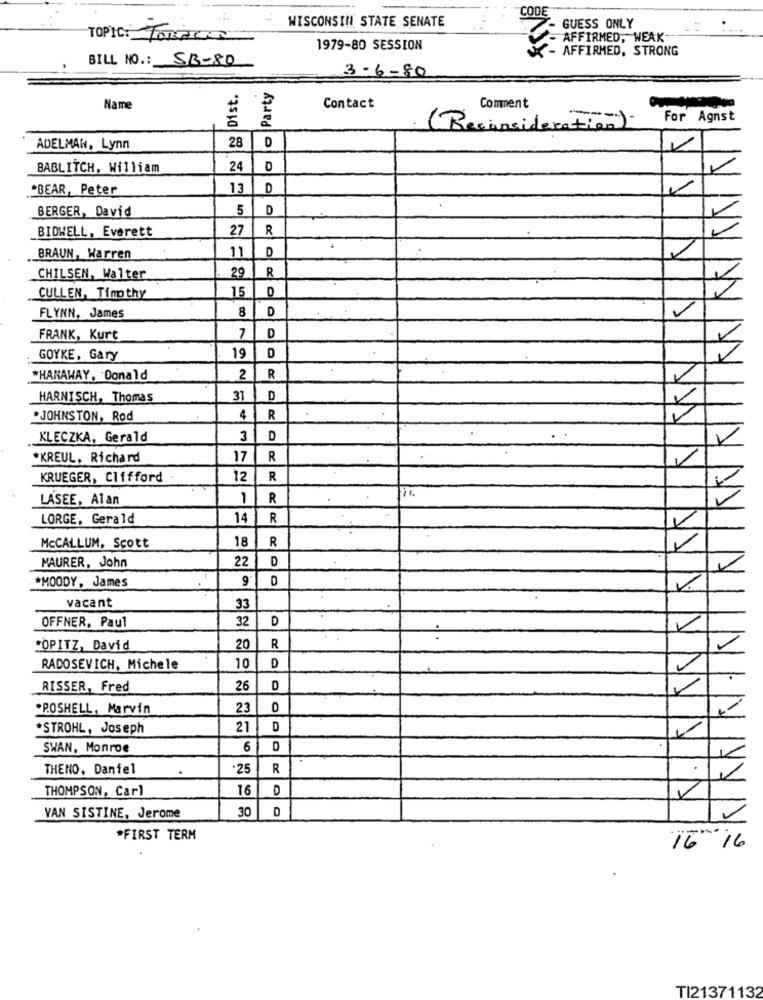
WISCONSIN STATE SENATE
GUESS ONLY
TOPIC: Tomar
AFFIRMED, WEAK
1979-80 SESSION
- AFFIRMED, STRONG
BILL NO .: SB-80
3-6-80
& Dist.
Party
Name
Contact
Comment
---
For Agnst
(Reconsideration)
D
ADELMAN, Lynn
BABLITCH, William
24
.* BEAR, Peter
13
D
BERGER, David
5
D
BIDWELL, Everett
27
R
D
BRAUN, Warren
11
R
CHILSEN, Walter
29
15
CULLEN, Timothy
8
D
FLYNN, James
FRANK, Kurt
7
D
GOYKE, Gary
19
*HANAWAY, Donald
2
R
HARNISCH, Thomas
31
D
*JOHNSTON, Rod
4
R
KLECZKA, Gerald
3
D
*KREUL. Richard
17
R
KRUEGER, Clifford
12
R
LASEE, Alan
1
R
LORGE, Gerald
14
R
18
R
McCALLUM, Scott
22
D
MAURER, John
9
*MOODY, James
vacant
33
OFFNER, Paul
32
D
*OPITZ, David
20
R
D
YA
RADOSEVICH, Michele
10
RISSER, Fred
26
D
*POSHELL, Marvin
23
*STROHL, Joseph
21
D
SWAN, Monroe
6
THENO, Daniel
.25
R
THOMPSON, Carl
16
D
30
VAN SISTINE, Jerome
*FIRST TERM
1616
TI21371132